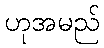
ဟုအမည်